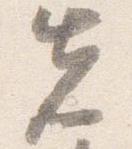
先